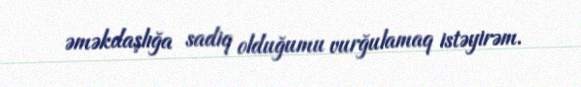
əməkdaşlığa sadiq olduğumu vurğulamaq istəyirəm.